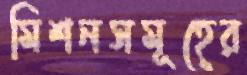
মিশনসমূহের